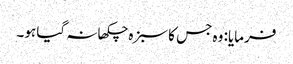
فرمایا: وہ جس کا سبزہ چکھا نہ گیا ہو۔